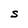
Character: S